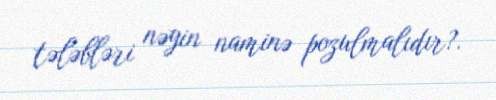
tələbləri nəyin naminə pozulmalıdır?.